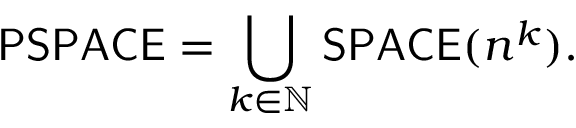
{ \mathsf { P S P A C E } } = \bigcup _ { k \in \mathbb { N } } { \mathsf { S P A C E } } ( n ^ { k } ) .